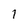
Character: 1